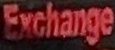
Exchange